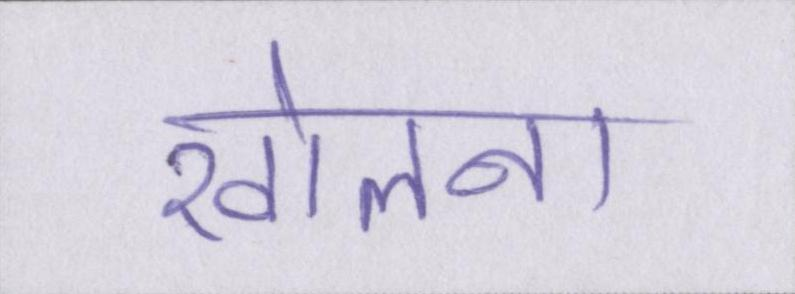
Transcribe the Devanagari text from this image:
खोलना